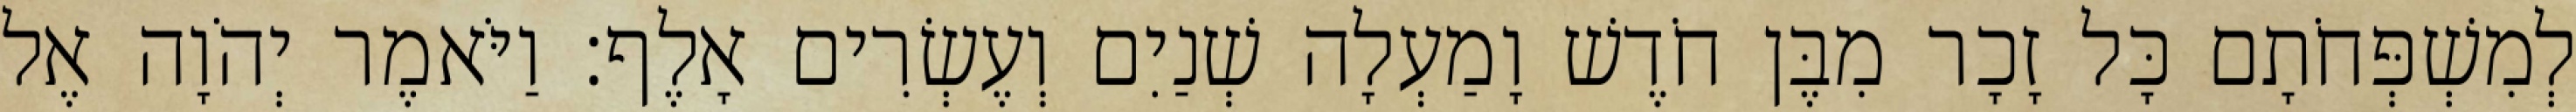
לְמִשְׁפְּחֹתָם כָּל זָכָר מִבֶּן חֹדֶשׁ וָמַעְלָה שְׁנַיִם וְעֶשְׂרִים אָלֶף׃ וַיֹּאמֶר יְהֹוָה אֶל